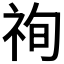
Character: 𥙣